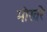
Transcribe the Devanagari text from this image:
मौखरे